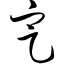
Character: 定